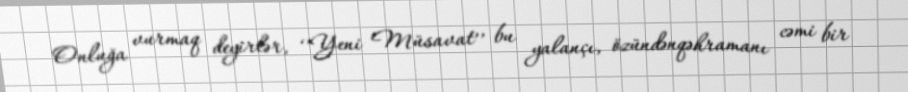
Onluğa vurmaq deyirlər, ‘’Yeni Müsavat’’ bu yalançı, özündənqəhramanı cəmi bir